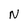
Character: N